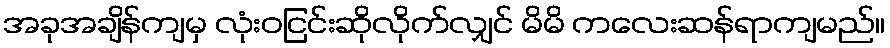
အခုအချိန်ကျမှ လုံးဝငြင်းဆိုလိုက်လျှင် မိမိ ကလေးဆန်ရာကျမည်။